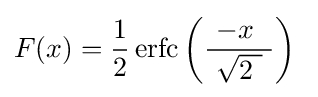
F(x)={\frac {1}{2}}\operatorname {erfc} \left({\frac {-x~}{\ {\sqrt {2\ }}\ }}\right)~